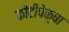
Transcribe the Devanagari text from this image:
कोंटीपेक्षा